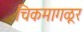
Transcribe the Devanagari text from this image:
चिकमागळूर